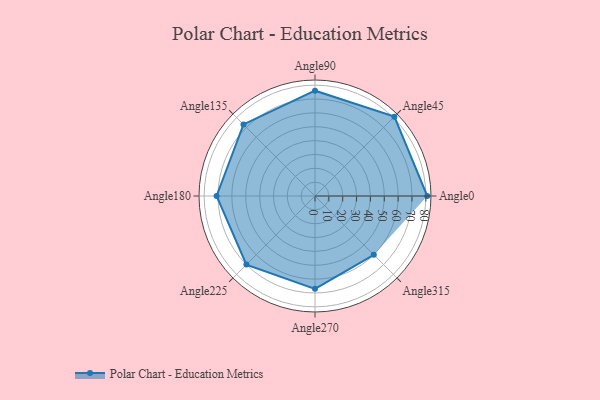
{"axis": {"x": "Angle", "y": "Radius"}, "legend": [""], "data": [{"x": "Angle0", "y": 81.0, "type": ""}, {"x": "Angle45", "y": 81.0, "type": ""}, {"x": "Angle90", "y": 76.0, "type": ""}, {"x": "Angle135", "y": 73.0, "type": ""}, {"x": "Angle180", "y": 71.0, "type": ""}, {"x": "Angle225", "y": 70.0, "type": ""}, {"x": "Angle270", "y": 67.0, "type": ""}, {"x": "Angle315", "y": 60.0, "type": ""}]}